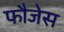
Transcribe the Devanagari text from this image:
फौजेस